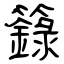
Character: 籙